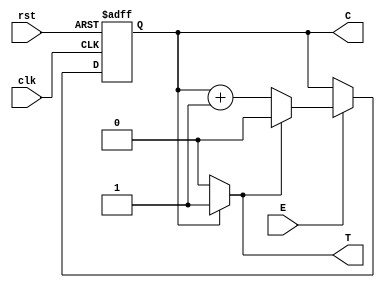
module counter(
    input clk,
    input rst,
    input E,                // enable
    output reg [N-1:0] C,   // count
    output T                // count at terminal count, next increment will roll the counter over
);
    parameter   N=1,        // count width
                M=2**N-1;   // count maximum, normally allow every possible combination of bits
    always@(posedge clk, posedge rst)
        if (rst == 1'b1) // asynchronous reset
            C <= 'b0;
        else if (E == 1'b1)
            if (T == 1'b1)
                C <= 'b0; // count at terminal value, roll over
            else
                C <= C + 1'b1; // count not at terminal value, increment by one
        else
            C <= C; // not enabled, hold value
    assign T = (C == M) ? 1'b1 : 1'b0; // count at terminal value?
endmodule